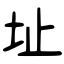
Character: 址